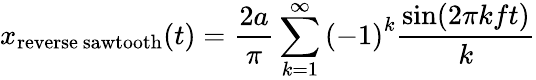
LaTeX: x_{\mathrm{reverse~sawtooth}}(t)={\frac{2a}{\pi}}\sum_{k=1}^{\infty}{(-1)}^{k}{\frac{\sin(2\pi kft)}{k}}